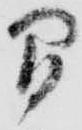
間